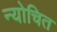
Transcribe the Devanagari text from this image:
न्योचित